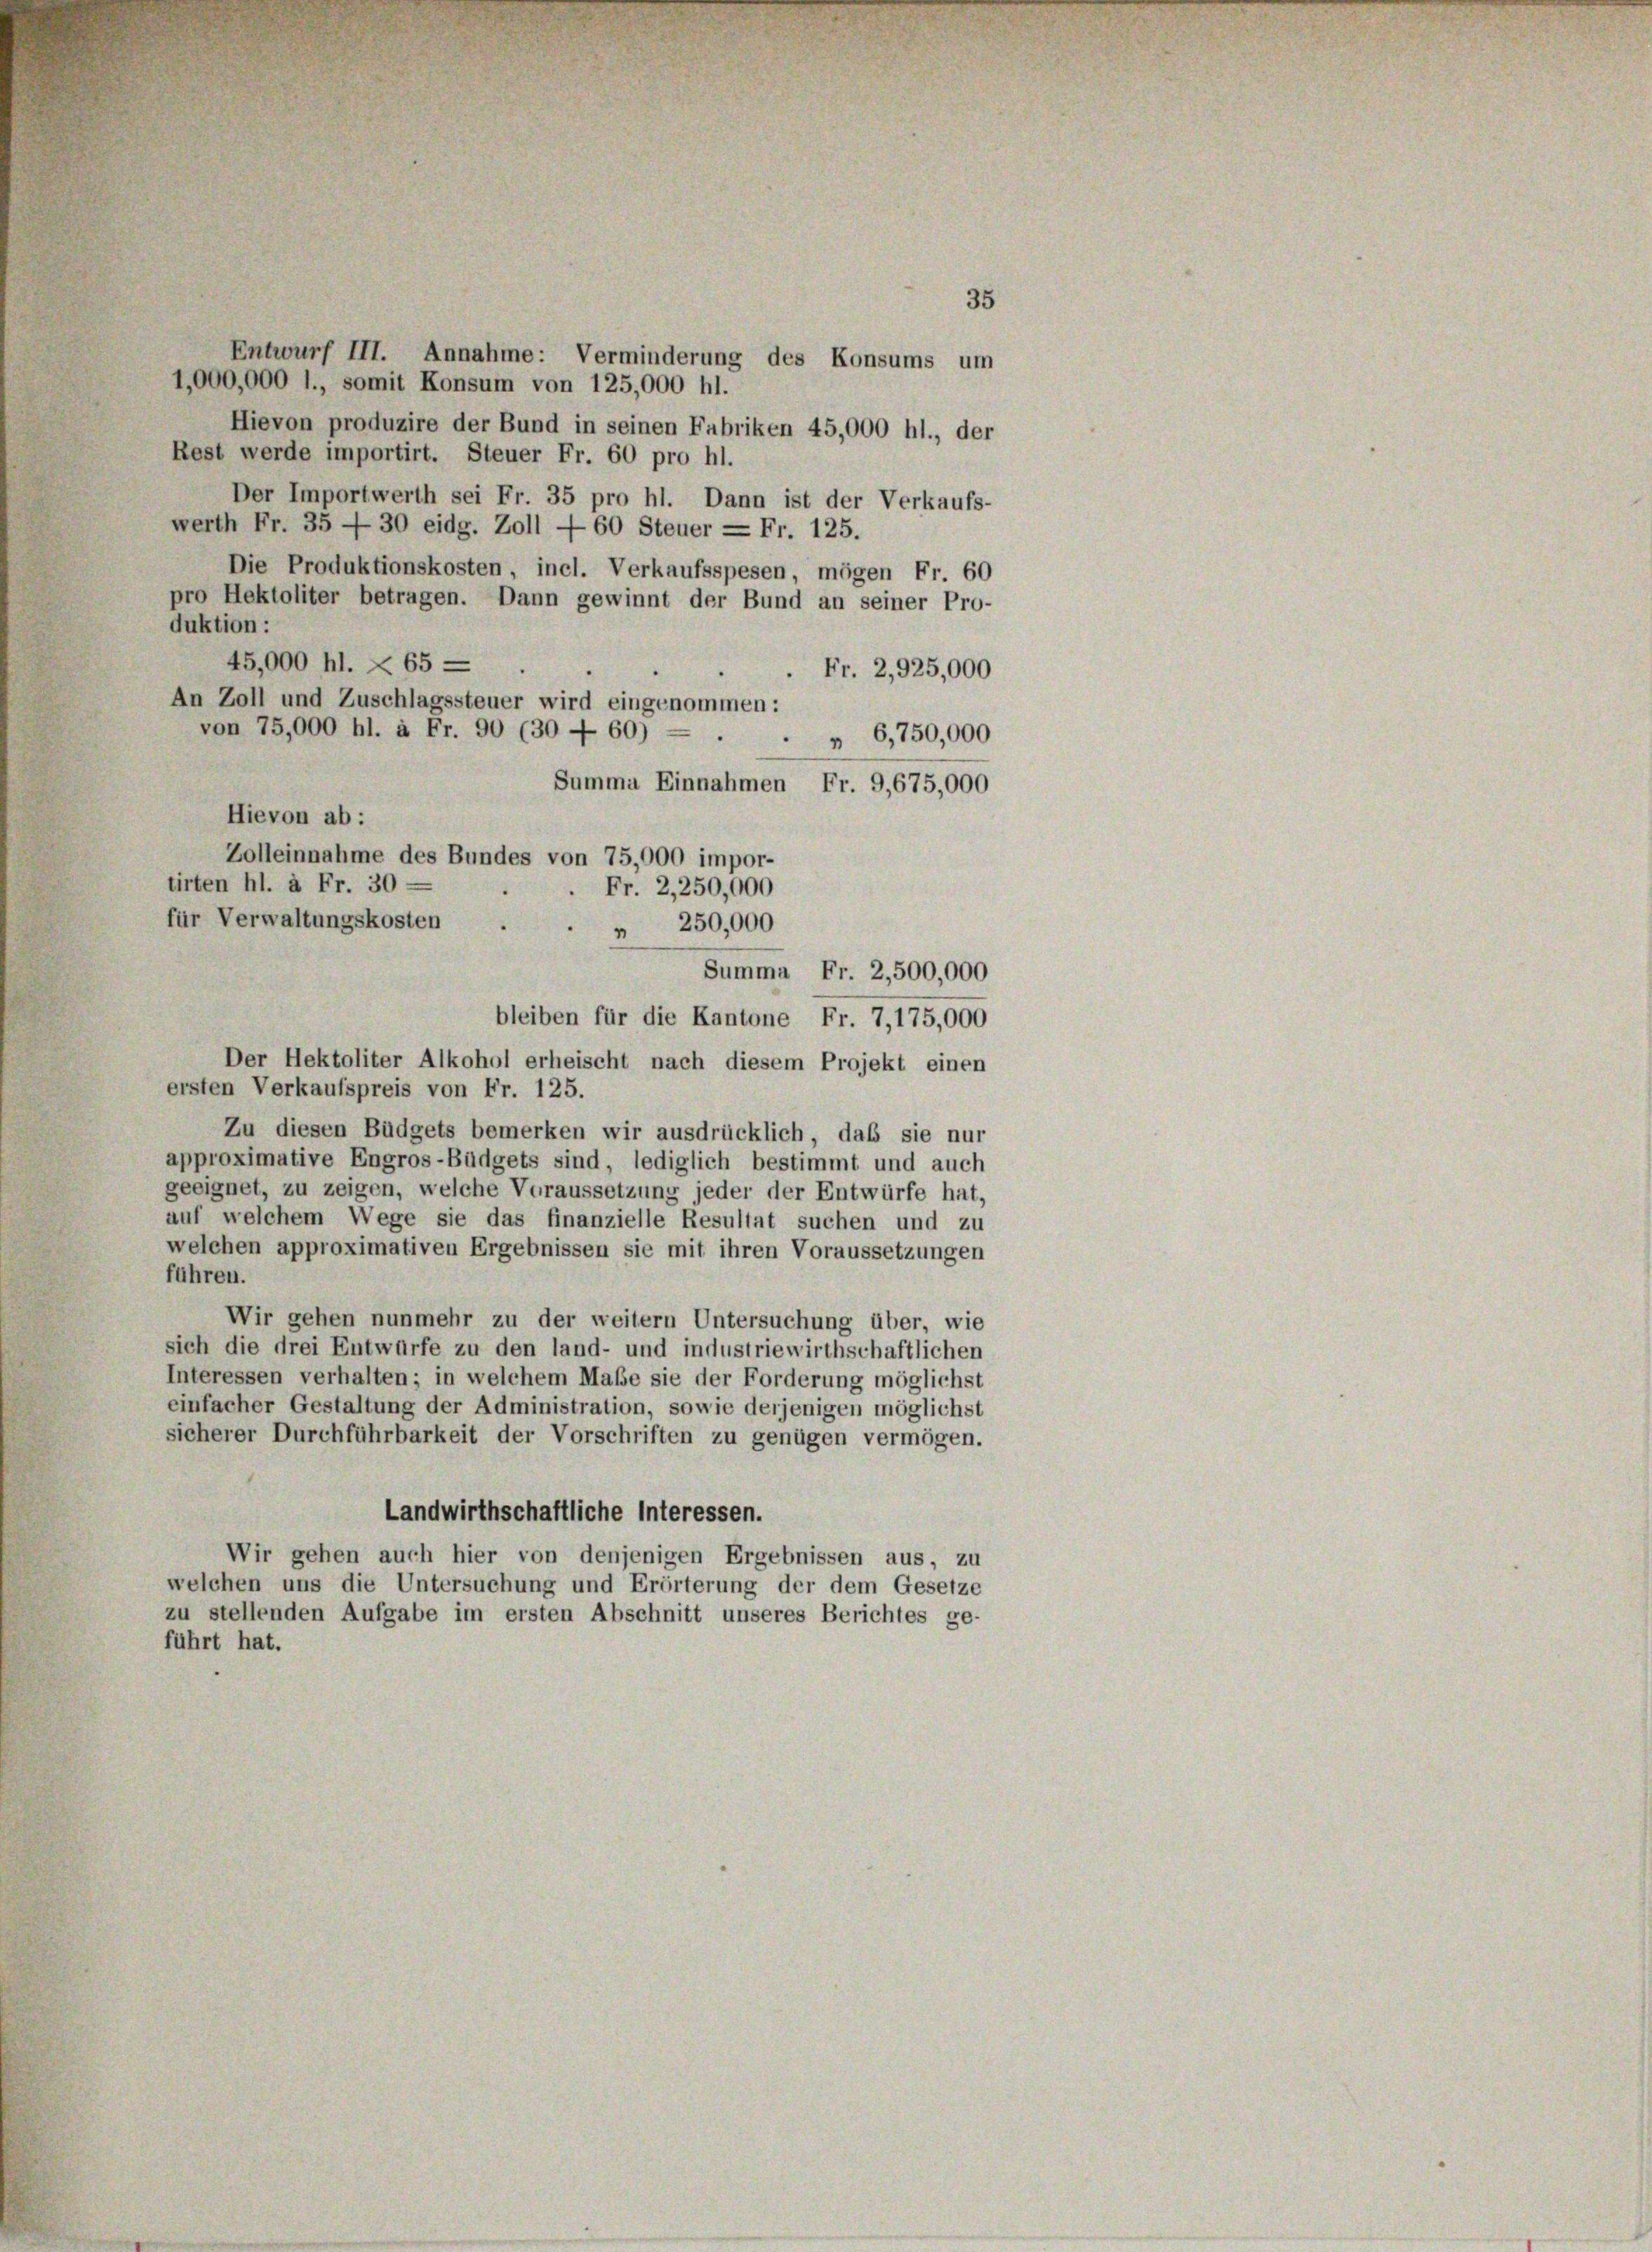
35

Entwurf III. Annahme: Verminderung des Konsums um
1,000,000 l., somit Konsum von 125,000 hl.
Hievon produzire der Bund in seinen Fabriken 45,000 hl., der
Rest werde importirt. Steuer Fr. 60 pro hl.
Der Importwerth sei Fr. 35 pro hl. Dann ist der Verkaufs-
werth Fr. 35 — 30 eidg. Zoll — 60 Steuer = Fr. 125.
Die Produktionskosten, incl. Verkaufsspesen, mögen Fr. 60
pro Hektoliter betragen. Dann gewinnt der Bund an seiner Pro-
duktion:
45,000 hl. X 65 —
Fr. 2,925,000
An Zoll und Zuschlagssteuer wird eingenommen:
von 75,000 hl. à Fr. 90 (30 — 60) — .
" 6,750,000
Summa Einnahmen Fr. 9,675,000
Hievon ab:
Zolleinnahme des Bundes von 75,000 impor-
tirten hl. à Fr. 30 —
Fr. 2,250,000
für Verwaltungskosten
" 250,000
Summa Fr. 2,500,000
bleiben für die Kantone Fr. 7, 175,000
Der Hektoliter Alkohol erheischt nach diesem Projekt einen
ersten Verkaufspreis von Fr. 125.
Zu diesen Büdgets bemerken wir ausdrücklich, daß sie nur
approximative Engros-Büdgets sind, lediglich bestimmt und auch
geeignet, zu zeigen, welche Voraussetzung jeder der Entwürfe hat,
auf welchem Wege sie das finanzielle Resultat suchen und zu
welchen approximativen Ergebnissen sie mit ihren Voraussetzungen
führen.
Wir gehen nunmehr zu der weitern Untersuchung über, wie
sich die drei Entwürfe zu den land- und industriewirthschaftlichen
Interessen verhalten; in welchem Maße sie der Forderung möglichst
einfacher Gestaltung der Administration, sowie derjenigen möglichst
sicherer Durchführbarkeit der Vorschriften zu genügen vermögen.
Landwirthschaftliche Interessen.
Wir gehen auch hier von denjenigen Ergebnissen aus, zu
welchen uns die Untersuchung und Erörterung der dem Gesetze
zu stellenden Aufgabe im ersten Abschnitt unseres Berichtes ge-
führt hat.